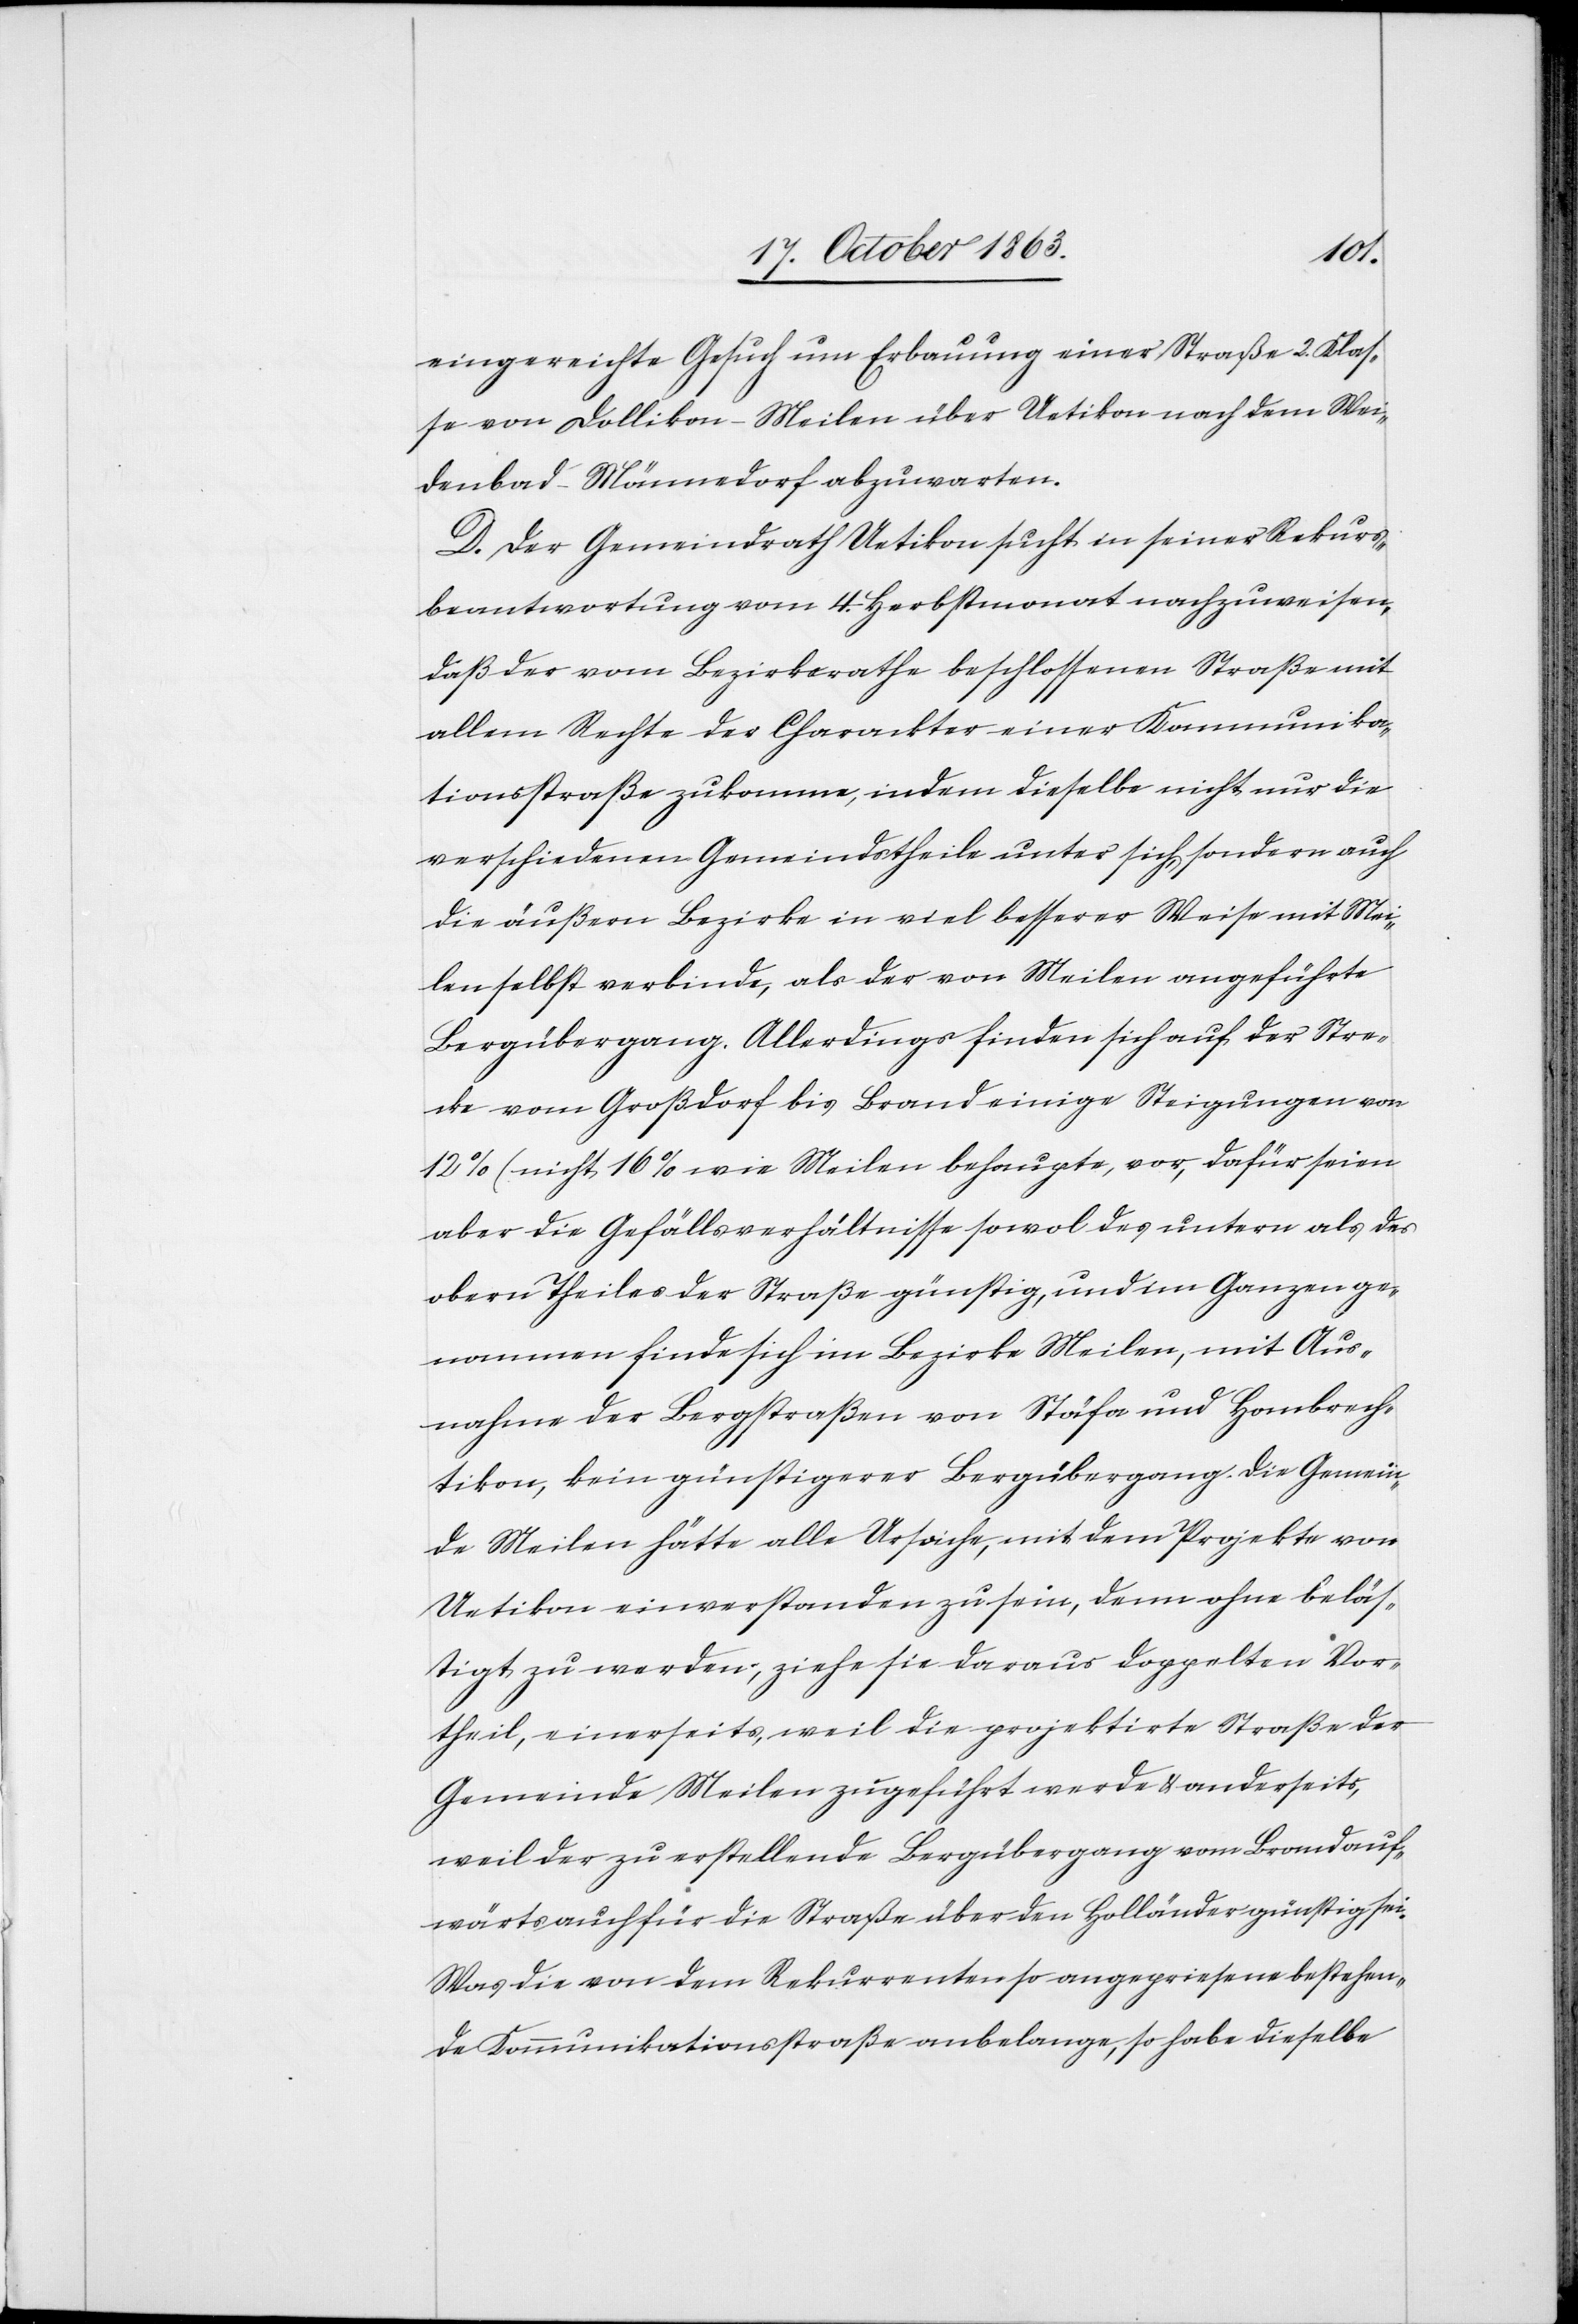
eingereichte Gesuch um Erbauung einer Straße 2. Klas¬
se von Dollikon-Meilen über Uetikon nach dem Wei¬
denbad-Männedorf abzuwarten.
D. Der Gemeindrath Uetikon sucht in seiner Rekurs¬
beantwortung vom 4. Herbstmonat nachzuweisen,
daß der vom Bezirksrathe beschlossenen Straße mit
allem Rechte der Charackter einer Kommunika¬
tionsstraße zukomme, indem dieselbe nicht nur die
verschiedenen Gemeindstheile unter sich, sondern auch
die äußern Bezirke in viel besserer Weise mit Mei¬
len selbst verbinde, als der von Meilen angeführte
Bergübergang. Allerdings finden sich auf der Stre¬
cke vom Großdorf bis Brand einige Steigungen von
12% (nicht 16% wie Meilen behaupte,[)] vor, dafür seien
aber die Gefällsverhältnisse sowol des untern als des
obern Theiles der Straße günstig, und im Ganzen ge¬
nommen finde sich im Bezirke Meilen, mit Aus¬
nahme der Bergstraßen von Stäfa und Hombrech¬
tikon, kein günstigerer Bergübergang. Die Gemein¬
de Meilen hätte alle Ursache, mit dem Projekte von
Uetikon einverstanden zu sein, denn ohne beläs¬
tigt zu werden, ziehe sie daraus doppelten Vor¬
theil, einerseits, weil die projektirte Straße der
Gemeinde Meilen zugeführt werde & anderseits,
weil der zu erstellende Bergübergang vom Brand auf¬
wärts auch für die Straße über den Holländer günstig sei.
Was die von dem Rekurrenten so angepriesene bestehen¬
de Kommunikationsstraße anbelange, so habe dieselbe